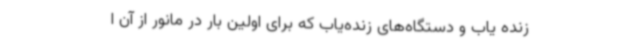
زنده یاب و دستگاه‌های زنده‌یاب که برای اولین بار در مانور از آن ا